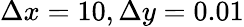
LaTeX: \Delta x=10,\Delta y=0.01